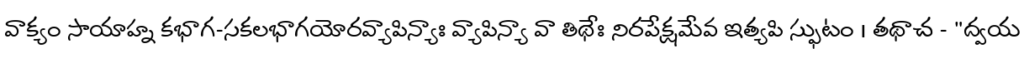
వాక్యం సాయాహ్న కభాగ-సకలభాగయోరవ్యాపిన్యాః వ్యాపిన్యా వా తిథేః నిరపేక్షమేవ ఇత్యపి స్ఫుటం । తథాచ - "ద్వయ